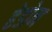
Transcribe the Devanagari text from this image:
हेडोन